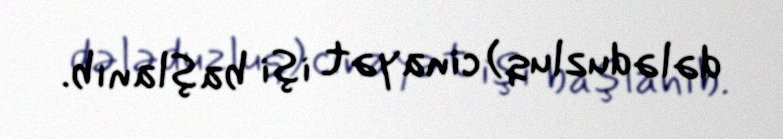
dələduzluq) cinayət işi başlanıb.